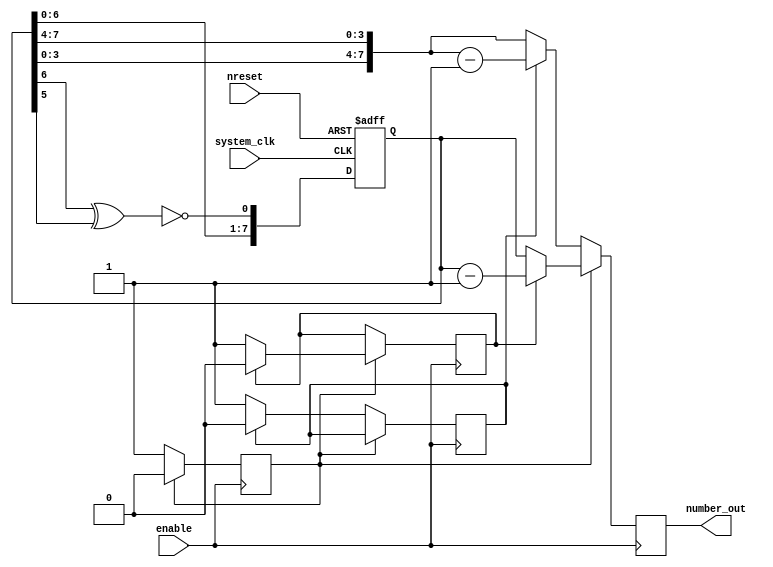
`default_nettype none
module t06_random_num_gen (
	enable,
	system_clk,
	nreset,
	number_out
);
	input wire enable;
	input wire system_clk;
	input wire nreset;
	output reg [7:0] number_out;
	reg [7:0] number;
	reg counter;
	reg counter_next;
	reg counter_normal;
	reg counter_normal_next;
	reg counter_flip;
	reg counter_flip_next;
	always @(posedge system_clk or negedge nreset)
		if (~nreset) begin
			number = 8'd0;
			counter_next = 0;
			counter_flip_next = 0;
			counter_normal_next = 0;
		end
		else begin
			number = {number[6:0], ~(number[6] ^ number[5])};
			counter_next = counter;
			counter_flip_next = counter_flip;
			counter_normal_next = counter_normal;
		end
	always @(posedge enable) begin
		counter <= counter_next;
		counter_normal <= counter_normal_next;
		counter_flip <= counter_flip_next;
		if (counter) begin
			if (counter_normal) begin
				number_out <= number - 8'd1;
				counter <= 0;
				counter_normal <= 0;
				counter_flip <= counter_flip;
			end
			else begin
				number_out <= number;
				counter <= 0;
				counter_normal <= 1;
				counter_flip <= counter_flip;
			end
		end
		else if (counter_flip) begin
			number_out <= {number[3:0], number[7:4]} - 8'd1;
			counter <= 1;
			counter_normal <= counter_normal;
			counter_flip <= 0;
		end
		else begin
			number_out <= {number[3:0], number[7:4]};
			counter <= 1;
			counter_normal <= counter_normal;
			counter_flip <= 1;
		end
	end
endmodule